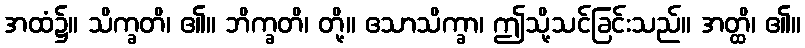
အထံ၌။ သိက္ခတိ၊ ၏။ ဘိက္ခတိ၊ တို့။ ဧသာသိက္ခာ၊ ဤသို့သင်ခြင်းသည်။ အတ္ထိ၊ ၏။